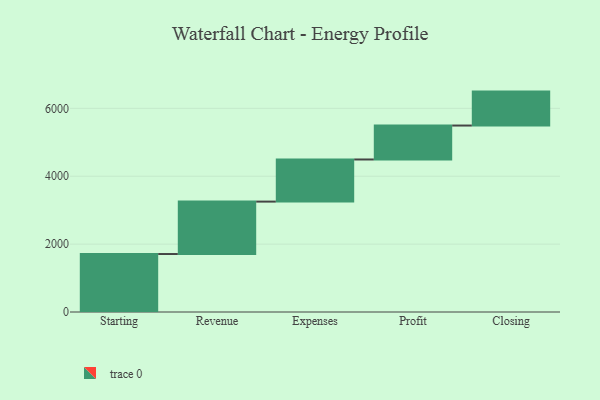
{"axis": {"x": "Step", "y": "Value"}, "legend": [""], "data": [{"x": "Starting", "y": 1708.0, "type": ""}, {"x": "Revenue", "y": 1545.0, "type": ""}, {"x": "Expenses", "y": 1241.0, "type": ""}, {"x": "Profit", "y": 1000, "type": ""}, {"x": "Closing", "y": 1000, "type": ""}]}